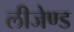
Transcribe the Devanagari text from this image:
लीजेण्ड